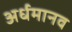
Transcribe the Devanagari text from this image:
अर्धमानव